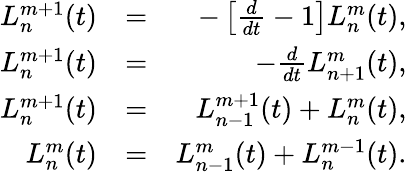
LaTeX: \begin{array}{rlr}{L_{n}^{m+1}(t)}&{=}&{-\left[\frac{d}{dt}-1\right]L_{n}^{m}(t),}\\ {L_{n}^{m+1}(t)}&{=}&{-\frac{d}{dt}L_{n+1}^{m}(t),}\\ {L_{n}^{m+1}(t)}&{=}&{L_{n-1}^{m+1}(t)+L_{n}^{m}(t),}\\ {L_{n}^{m}(t)}&{=}&{L_{n-1}^{m}(t)+L_{n}^{m-1}(t).}\end{array}